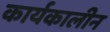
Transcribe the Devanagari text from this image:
कार्यकालीन